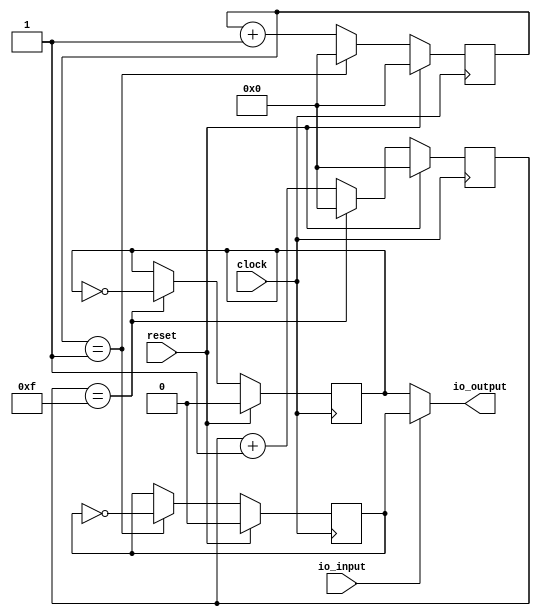
module FSKEncoder(
  input   clock,
  input   reset,
  input   io_input,
  output  io_output
);
  reg  carrier2; // @[FSKEncoder.scala 12:25]
  reg  carrier16; // @[FSKEncoder.scala 13:26]
  reg [3:0] cnt_carrier2; // @[FSKEncoder.scala 14:29]
  reg [3:0] cnt_carrier16; // @[FSKEncoder.scala 15:30]
  wire [3:0] _cnt_carrier2_T_1 = cnt_carrier2 + 4'h1; // @[FSKEncoder.scala 17:32]
  wire [3:0] _cnt_carrier16_T_1 = cnt_carrier16 + 4'h1; // @[FSKEncoder.scala 18:34]
  assign io_output = io_input ? carrier2 : carrier16; // @[FSKEncoder.scala 28:19]
  always @(posedge clock) begin
    if (reset) begin // @[FSKEncoder.scala 12:25]
      carrier2 <= 1'h0; // @[FSKEncoder.scala 12:25]
    end else if (cnt_carrier2 == 4'h1) begin // @[FSKEncoder.scala 19:30]
      carrier2 <= ~carrier2; // @[FSKEncoder.scala 20:14]
    end
    if (reset) begin // @[FSKEncoder.scala 13:26]
      carrier16 <= 1'h0; // @[FSKEncoder.scala 13:26]
    end else if (cnt_carrier16 == 4'hf) begin // @[FSKEncoder.scala 23:32]
      carrier16 <= ~carrier16; // @[FSKEncoder.scala 24:15]
    end
    if (reset) begin // @[FSKEncoder.scala 14:29]
      cnt_carrier2 <= 4'h0; // @[FSKEncoder.scala 14:29]
    end else if (cnt_carrier2 == 4'h1) begin // @[FSKEncoder.scala 19:30]
      cnt_carrier2 <= 4'h0; // @[FSKEncoder.scala 21:18]
    end else begin
      cnt_carrier2 <= _cnt_carrier2_T_1; // @[FSKEncoder.scala 17:16]
    end
    if (reset) begin // @[FSKEncoder.scala 15:30]
      cnt_carrier16 <= 4'h0; // @[FSKEncoder.scala 15:30]
    end else if (cnt_carrier16 == 4'hf) begin // @[FSKEncoder.scala 23:32]
      cnt_carrier16 <= 4'h0; // @[FSKEncoder.scala 25:19]
    end else begin
      cnt_carrier16 <= _cnt_carrier16_T_1; // @[FSKEncoder.scala 18:17]
    end
  end
endmodule